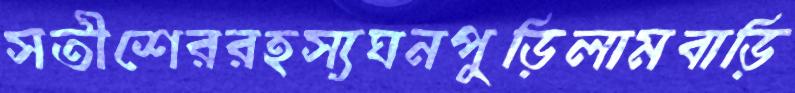
সতীশেররহস্যঘনপুড়িলামবাড়ি